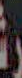
ر